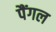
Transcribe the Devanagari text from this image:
पैंगल